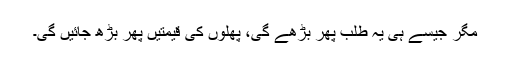
مگر جیسے ہی یہ طلب پھر بڑھے گی، پھلوں کی قیمتیں پھر بڑھ جائیں گی۔